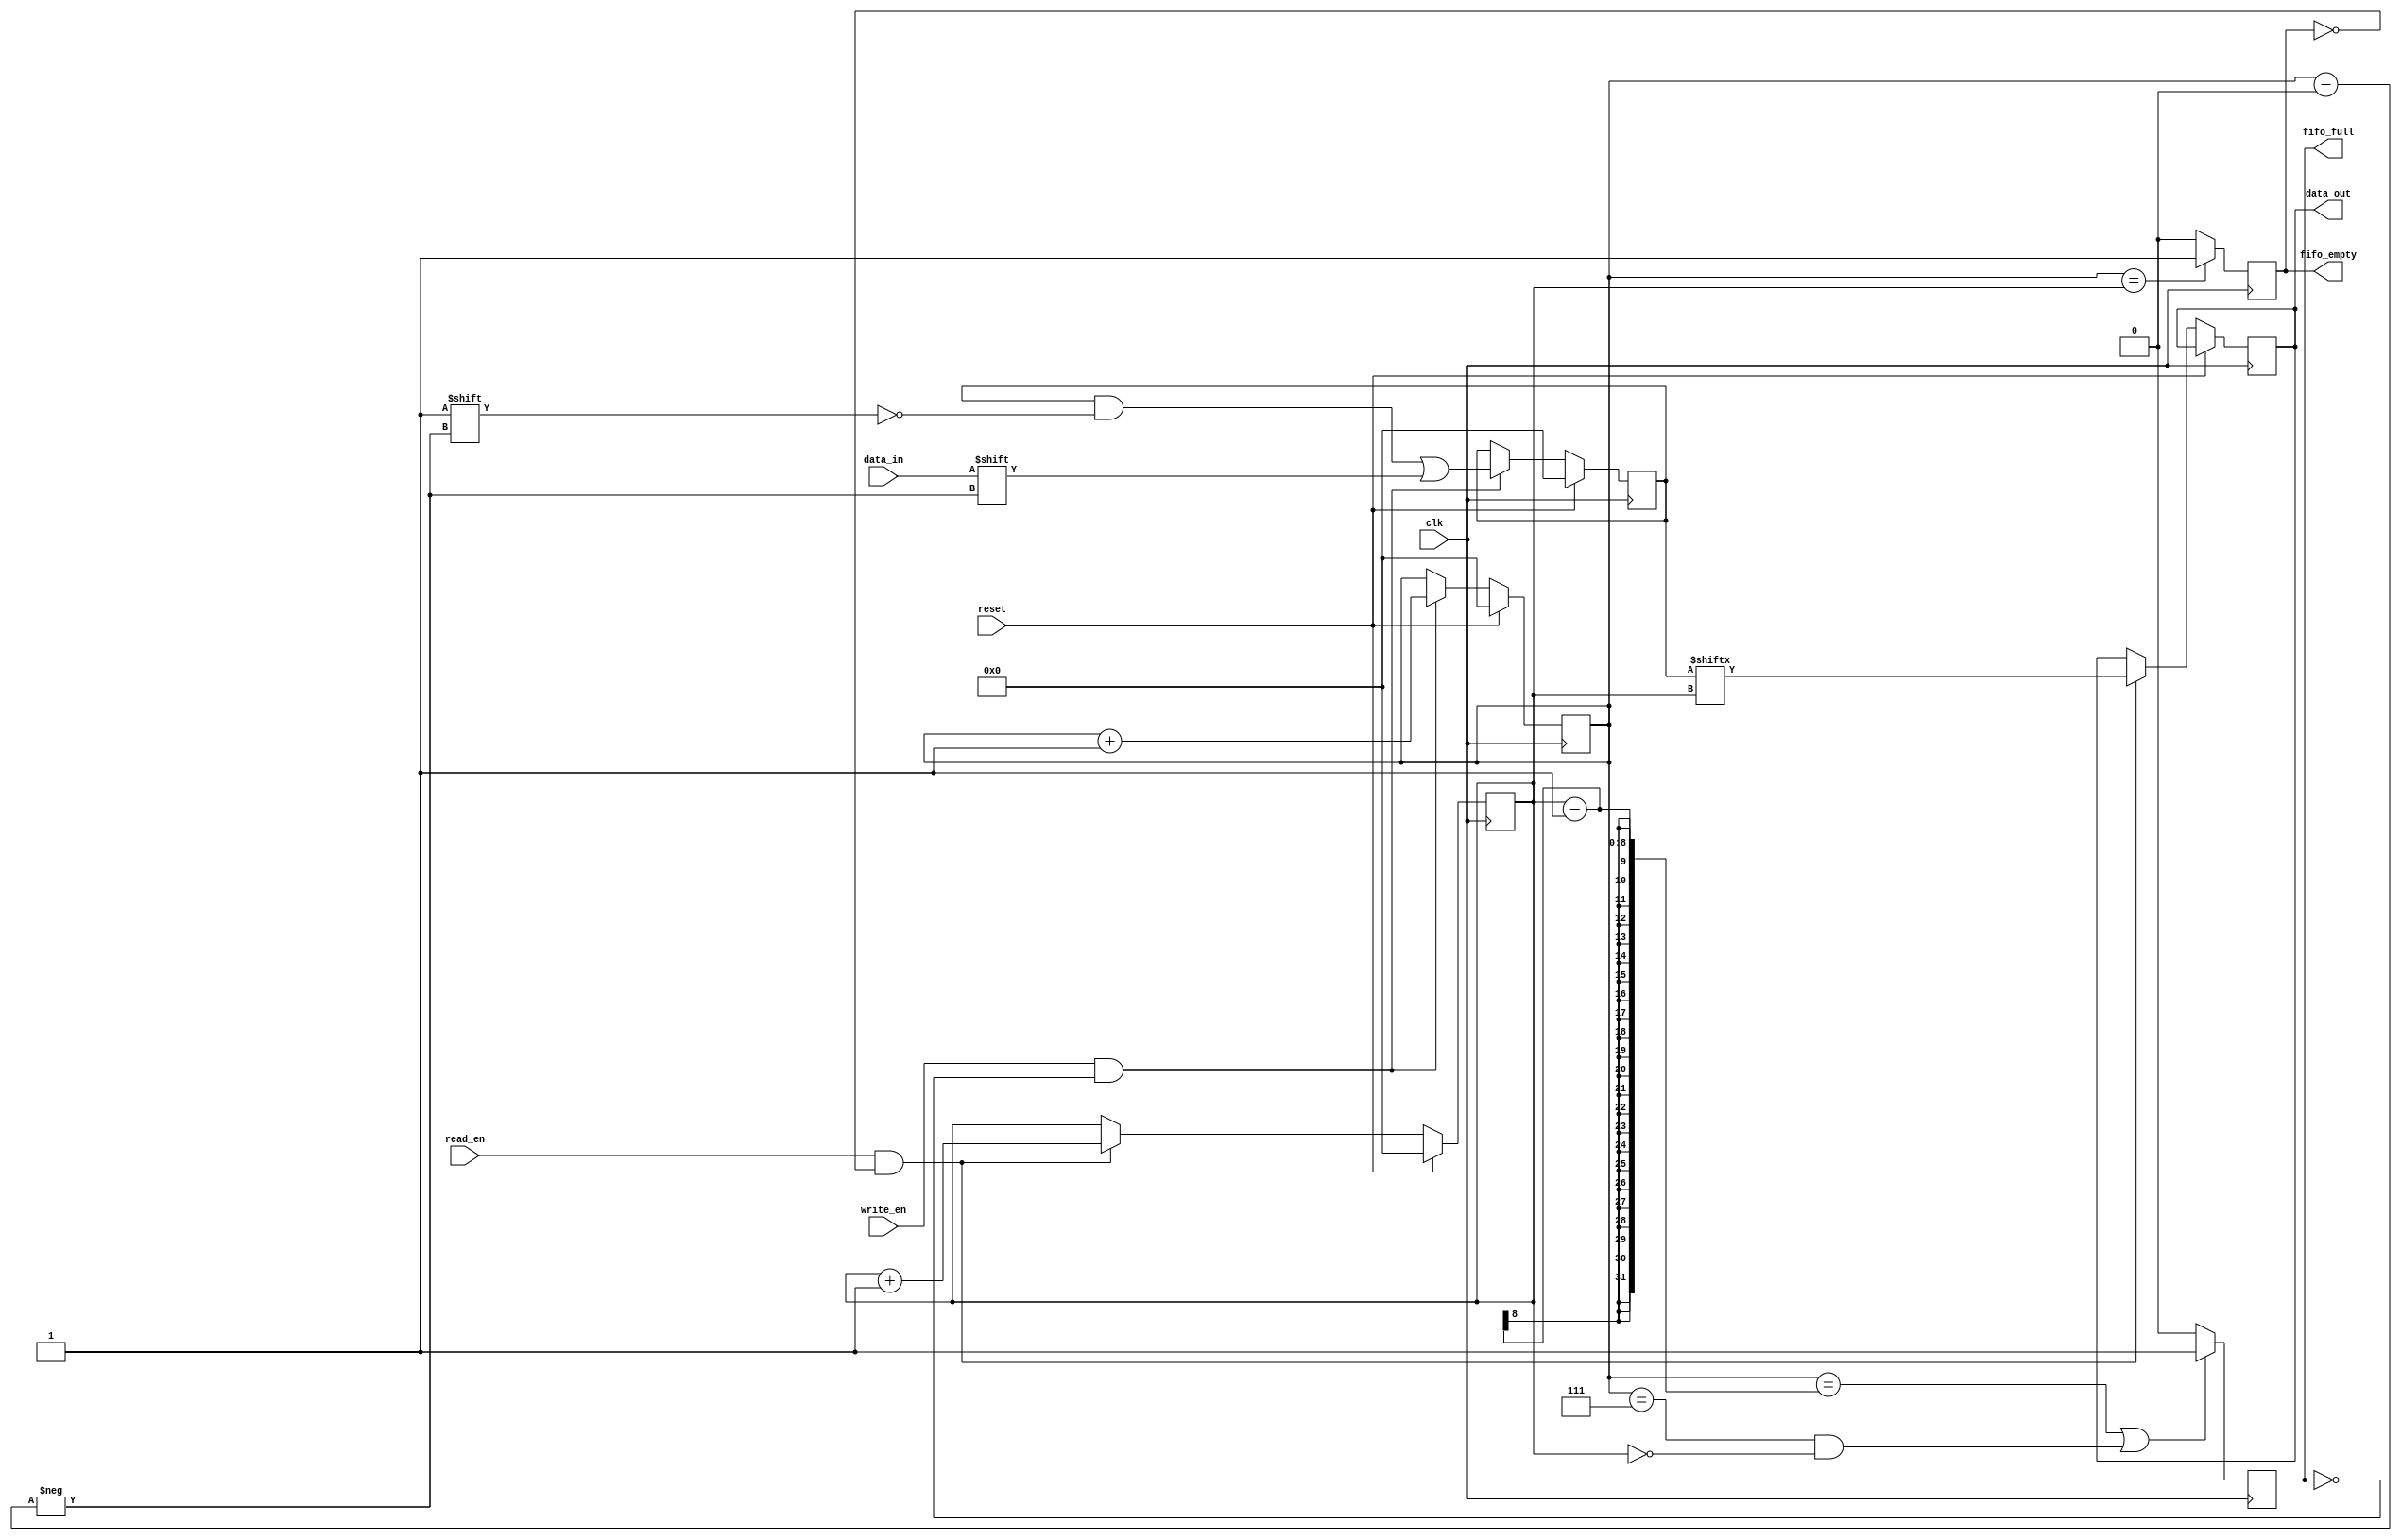
module bidirectional_fifo (
  input wire clk,
  input wire reset,
  input wire write_en,
  input wire read_en,
  input wire data_in,
  output reg data_out,
  output reg fifo_empty,
  output reg fifo_full
);

parameter FIFO_DEPTH = 8;

reg [FIFO_DEPTH-1:0] fifo_mem;
reg [FIFO_DEPTH-1:0] read_pointer;
reg [FIFO_DEPTH-1:0] write_pointer;

always @(posedge clk) begin
  if (reset) begin
    read_pointer <= 0;
    write_pointer <= 0;
    fifo_mem <= {FIFO_DEPTH{1'b0}};
  end else begin
    if (write_en && !fifo_full) begin
      fifo_mem[write_pointer] <= data_in;
      write_pointer <= write_pointer + 1;
    end
    
    if (read_en && !fifo_empty) begin
      data_out <= fifo_mem[read_pointer];
      read_pointer <= read_pointer + 1;
    end
  end

  if (write_pointer == read_pointer) begin
    fifo_empty <= 1;
  end else begin
    fifo_empty <= 0;
  end

  if ((write_pointer == read_pointer - 1) || 
      ((write_pointer == FIFO_DEPTH - 1) && (read_pointer == 0))) begin
    fifo_full <= 1;
  end else begin
    fifo_full <= 0;
  end
end

endmodule